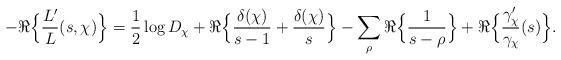
LaTeX: \begin{align*}- \Re\Big\{\frac{L'}{L}(s,\chi)\Big\} = \frac{1}{2} \log D_{\chi} +\Re\Big\{\frac{\delta(\chi)}{s-1}+ \frac{\delta(\chi)}{s}\Big\} - \sum_{\rho }\Re\Big\{ \frac{1}{s-\rho}\Big\} + \Re\Big\{\frac{\gamma_{\chi}'}{\gamma_{\chi}}(s)\Big\}.\end{align*}